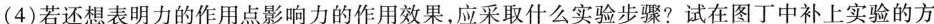
(4)若还想表明力的作用点影响力的作用效果，应采取什么实验步骤?试在图丁中补上实验的方